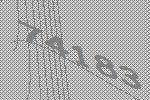
74183